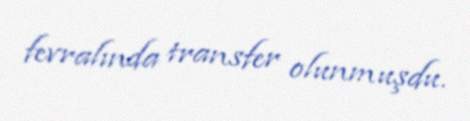
fevralında transfer olunmuşdu.